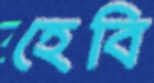
হেবি